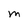
Character: M